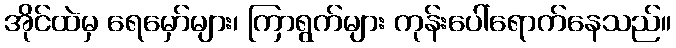
အိုင်ထဲမှ ရေမှော်များ၊ ကြာရွက်များ ကုန်းပေါ်ရောက်နေသည်။